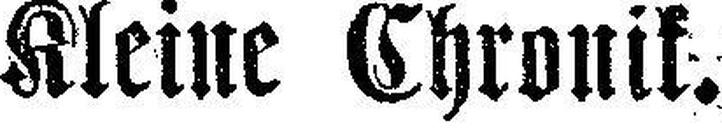
Kleine Chronik.